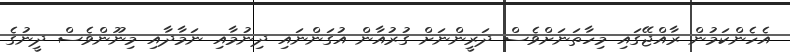
އެހެންކަމުން ރާއްޖޭގައި މިހާތަނަށްވެސް ދަރީންނަށް ގުރުއާން އުގަންނައި ދިނުމާއި ނަމާދާއި މިނޫންވެސް ދީނުގެ